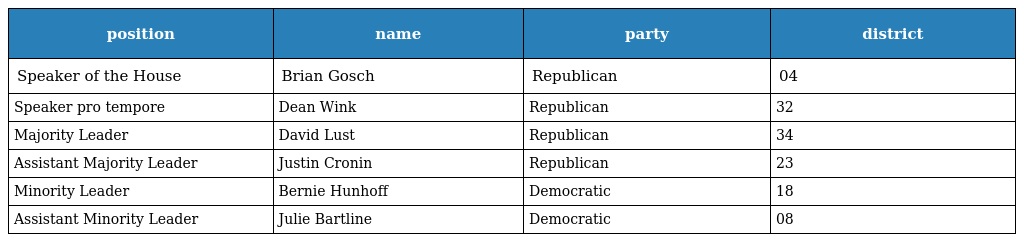
| position | name | party | district |
 | --- | --- | --- | --- |
 | Speaker of the House | Brian Gosch | Republican | 04 |
 | Speaker pro tempore | Dean Wink | Republican | 32 |
 | Majority Leader | David Lust | Republican | 34 |
 | Assistant Majority Leader | Justin Cronin | Republican | 23 |
 | Minority Leader | Bernie Hunhoff | Democratic | 18 |
 | Assistant Minority Leader | Julie Bartline | Democratic | 08 |